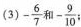
(3) - \frac{6}{7}和- \frac{9}{10};